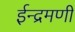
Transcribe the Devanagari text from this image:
ईन्द्रमणी